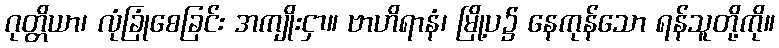
ဂုတ္တိယာ၊ လုံခြုံစေခြင်း အကျိုးငှာ။ ဗာဟိရာနံ၊ မြို့ပ၌ နေကုန်သော ရန်သူတို့ကို။